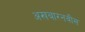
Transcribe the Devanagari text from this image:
अखबारनवीस